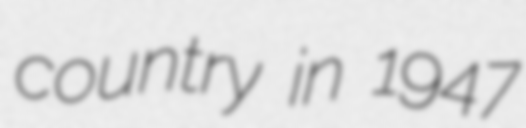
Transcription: country in 1947